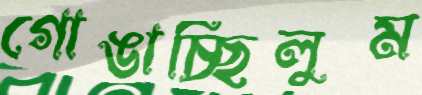
গোঙাচ্ছিলুম